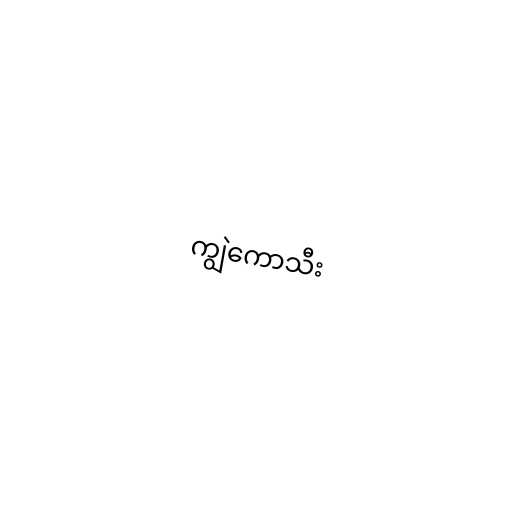
ကျွဲကောသီး